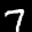
Label: 7